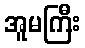
အူမကြီး